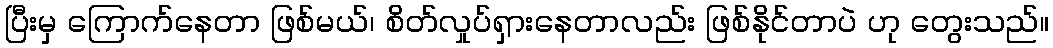
ပြီးမှ ကြောက်နေတာ ဖြစ်မယ်၊ စိတ်လှုပ်ရှားနေတာလည်း ဖြစ်နိုင်တာပဲ ဟု တွေးသည်။